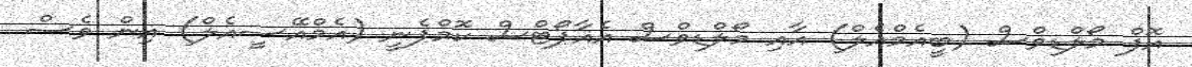
އޮފް މޯލްޑިވްސް (ބީއެމްއެލް) އާއި މޯލްޑިވްސް އެއާޕޯޓްސް ކޮމްޕެނީ (އެމްއޭސީއެލް) އިން ވެސް